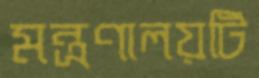
মন্ত্রণালয়টি